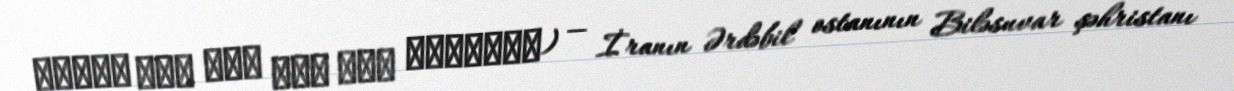
قشلاق قره دره اسم خان ازادخان) — İranın Ərdəbil ostanının Biləsuvar şəhristanı